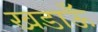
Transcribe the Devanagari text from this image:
खडाऊँ